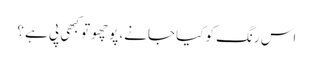
اس رنگ کو کیا جانے، پوچھو تو کبھی پی ہے ؟